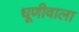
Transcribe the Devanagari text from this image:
धूणीवाला